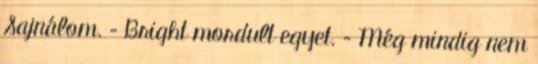
Sajnálom. – Bright mordult egyet. – Még mindig nem